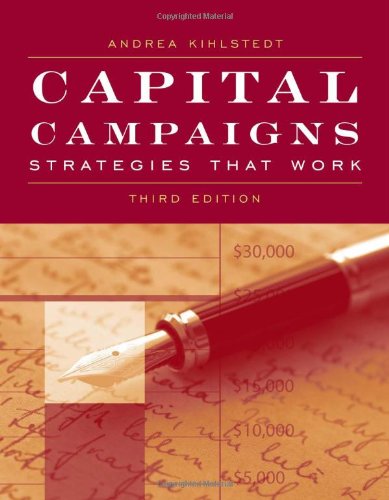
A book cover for Capital Campaigns: Strategies That Work; Andrea Kihlstedt; Business & Money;